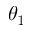
\theta _ { 1 }